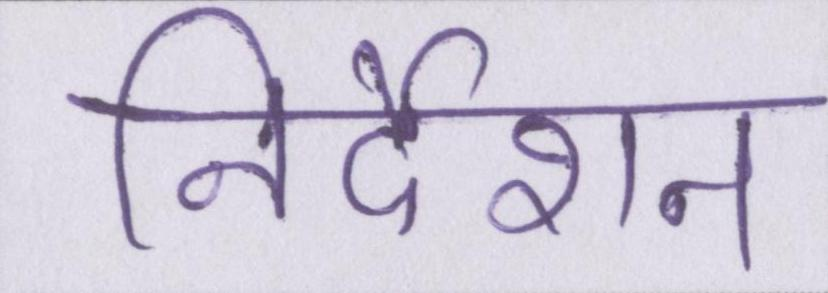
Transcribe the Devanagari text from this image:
निर्देशन